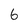
Character: 6